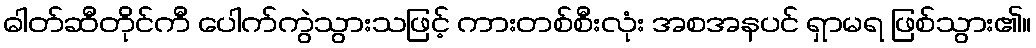
ဓါတ်ဆီတိုင်ကီ ပေါက်ကွဲသွားသဖြင့် ကားတစ်စီးလုံး အစအနပင် ရှာမရ ဖြစ်သွား၏။